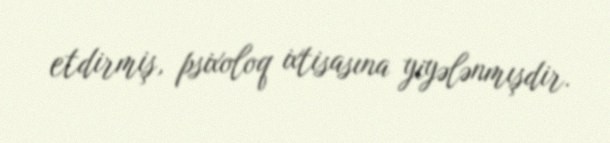
etdirmiş, psixoloq ixtisasına yiyələnmışdir.